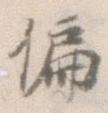
偏